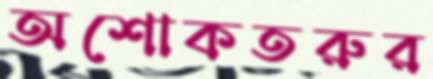
অশোকতরুর